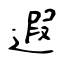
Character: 遐